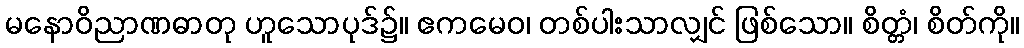
မနောဝိညာဏဓာတု ဟူသောပုဒ်၌။ ဧကမေဝ၊ တစ်ပါးသာလျှင် ဖြစ်သော။ စိတ္တံ၊ စိတ်ကို။